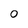
Character: 0